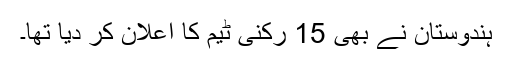
ہندوستان نے بھی 15 رکنی ٹیم کا اعلان کر دیا تھا۔